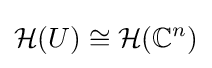
{\mathcal {H}}(U)\cong {\mathcal {H}}(\mathbb {C} ^{n})